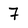
Character: 7